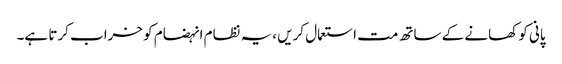
پانی کو کھانے کے ساتھ مت استعمال کریں ،یہ نظام انہضام کو خراب کرتا ہے۔